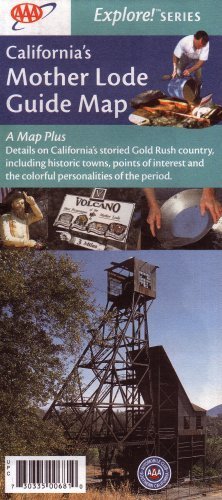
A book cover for AAA California's Mother Lode Guide Map: Angels Camp, California Caverns, Columbia, Downieville, Empi; ACSC; Travel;